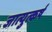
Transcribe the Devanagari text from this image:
जात्युत्कर्ष